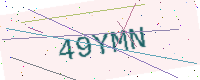
Text: 49YMN